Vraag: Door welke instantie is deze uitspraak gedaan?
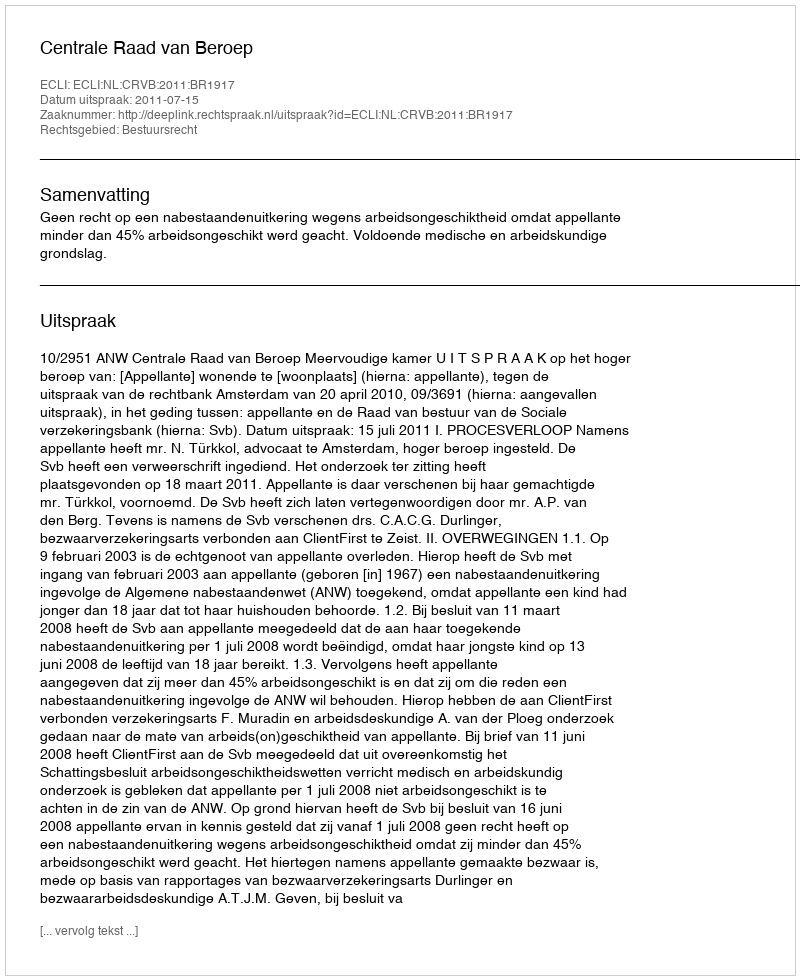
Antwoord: Centrale Raad van Beroep